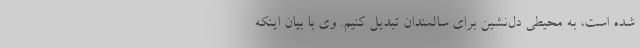
‌شده است، به محیطی دل‌نشین برای سالمندان تبدیل کنیم. وی با بیان اینکه